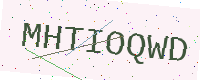
Text: MHTIOQWD